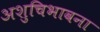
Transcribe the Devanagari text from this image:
अशुचिभावना